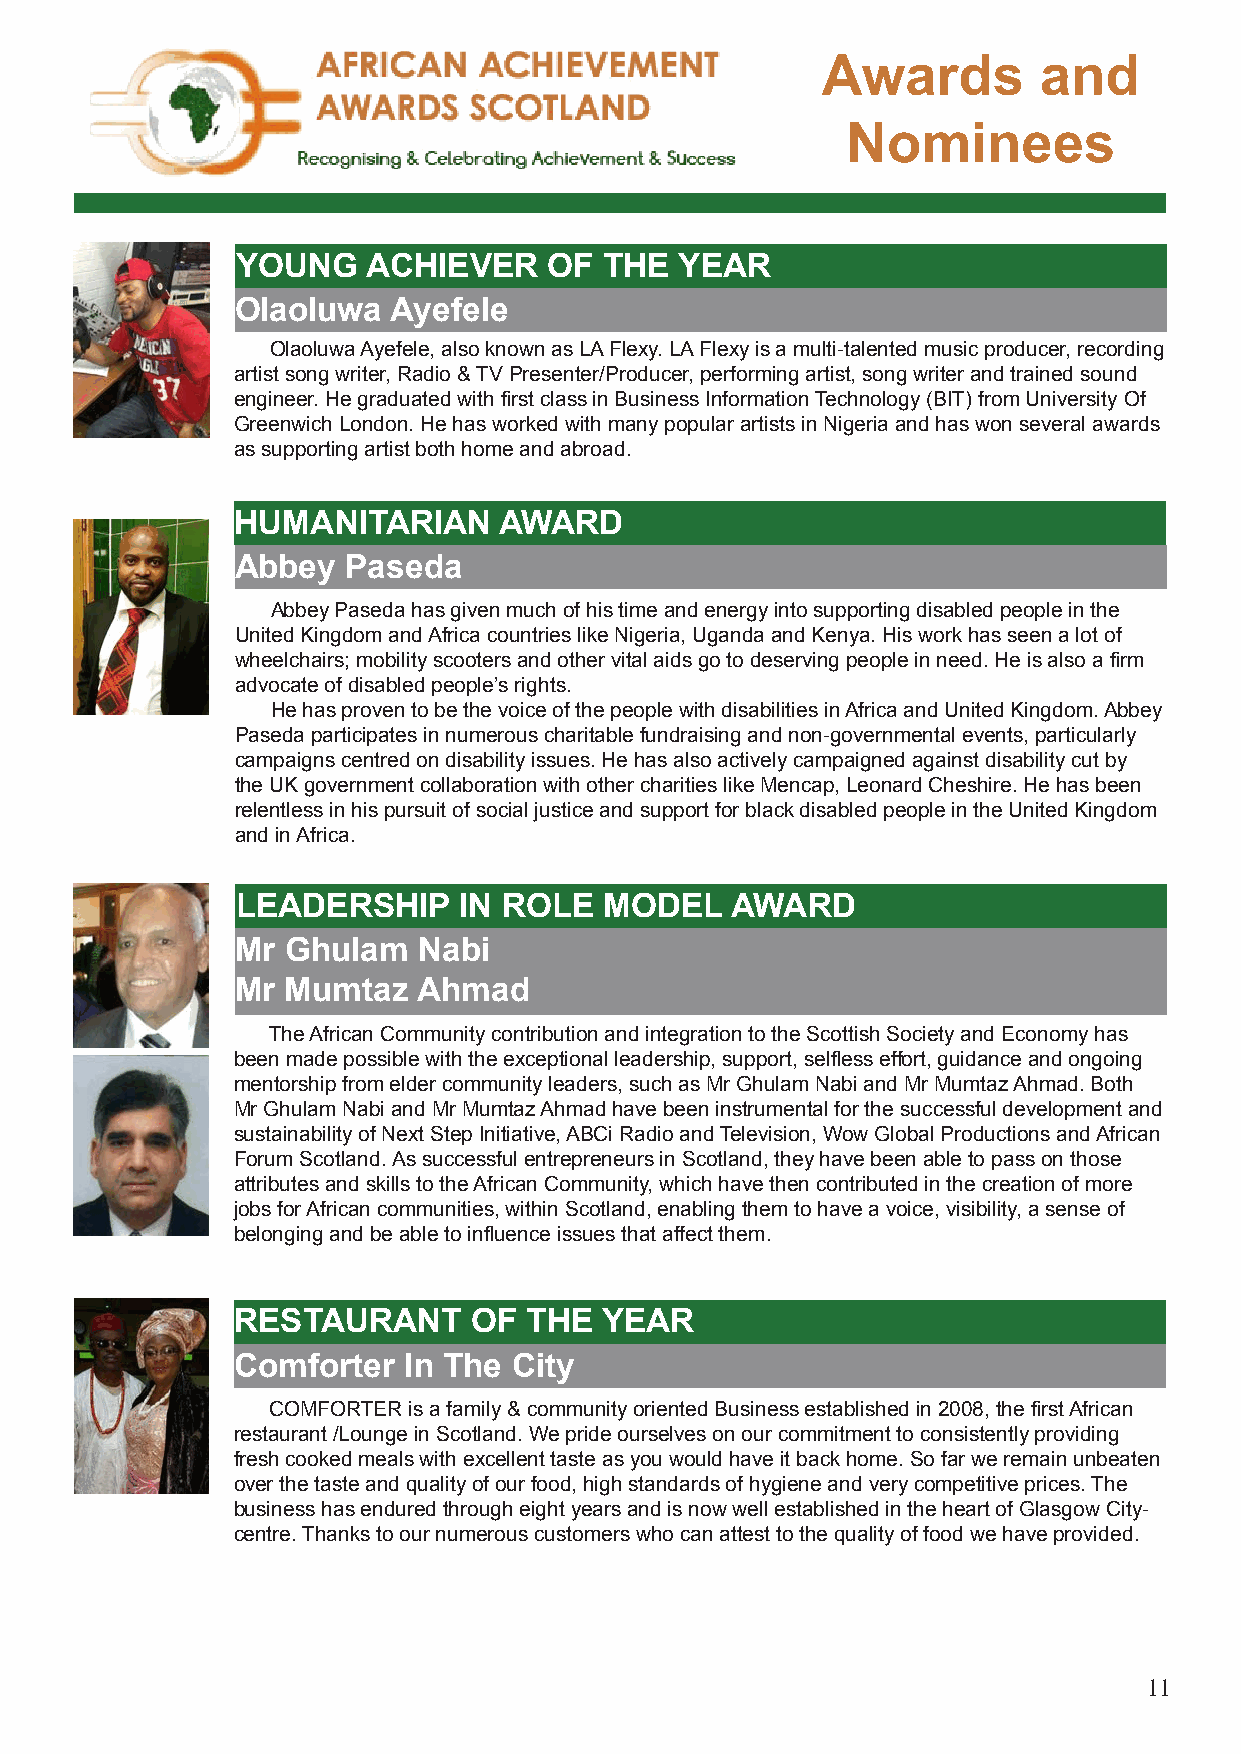
Awards         and
 Nominees
 YOUNG   ACHIEVER    OF  THE  YEAR
 Olaoluwa  Ayefele
 Olaoluwa Ayefele, also known as LA Flexy. LA Flexy is a multi-talented music producer, recording
 artist song writer, Radio & TV Presenter/Producer, performing artist, song writer and trained sound
 engineer. He graduated with first class in Business Information Technology (BIT) from University Of
 Greenwich London. He has worked with many popular artists in Nigeria and has won several awards
 as supporting artist both home and abroad.
 HUMANITARIAN     AWARD
 Abbey  Paseda
 Abbey Paseda has given much of his time and energy into supporting disabled people in the
 United Kingdom and Africa countries like Nigeria, Uganda and Kenya. His work has seen a lot of
 wheelchairs; mobility scooters and other vital aids go to deserving people in need. He is also a firm
 advocate of disabled people’s rights.
 He has proven to be the voice of the people with disabilities in Africa and United Kingdom. Abbey
 Paseda participates in numerous charitable fundraising and non-governmental events, particularly
 campaigns centred on disability issues. He has also actively campaigned against disability cut by
 the UK government collaboration with other charities like Mencap, Leonard Cheshire. He has been
 relentless in his pursuit of social justice and support for black disabled people in the United Kingdom
 and in Africa.
 LEADERSHIP    IN ROLE   MODEL   AWARD
 Mr Ghulam   Nabi
 Mr Mumtaz   Ahmad
 The African Community contribution and integration to the Scottish Society and Economy has
 been made possible with the exceptional leadership, support, selfless effort, guidance and ongoing
 mentorship from elder community leaders, such as Mr Ghulam Nabi and Mr Mumtaz Ahmad. Both
 Mr Ghulam Nabi and Mr Mumtaz Ahmad have been instrumental for the successful development and
 sustainability of Next Step Initiative, ABCi Radio and Television, Wow Global Productions and African
 Forum Scotland. As successful entrepreneurs in Scotland, they have been able to pass on those
 attributes and skills to the African Community, which have then contributed in the creation of more
 jobs for African communities, within Scotland, enabling them to have a voice, visibility, a sense of
 belonging and be able to influence issues that affect them.
 RESTAURANT      OF  THE  YEAR
 Comforter   In The City
 COMFORTER is a family & community oriented Business established in 2008, the first African
 restaurant /Lounge in Scotland. We pride ourselves on our commitment to consistently providing
 fresh cooked meals with excellent taste as you would have it back home. So far we remain unbeaten
 over the taste and quality of our food, high standards of hygiene and very competitive prices. The
 business has endured through eight years and is now well established in the heart of Glasgow City-
 centre. Thanks to our numerous customers who can attest to the quality of food we have provided.
 11